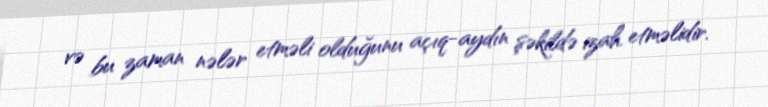
və bu zaman nələr etməli olduğunu açıq-aydın şəkildə izah etməlidir.